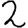
Digit: 2